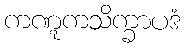
ကဏ္ဋကသိက္ခာပဒံ